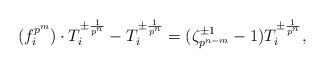
LaTeX: \begin{align*} (f_i^{p^m})\cdot T_i^{\pm \frac{ 1}{p^n}}-T_i^{\pm \frac{ 1}{p^n}} = (\zeta_{p^{n-m}}^{\pm 1}-1)T_{i}^{\pm \frac{ 1}{p^n}}, \end{align*}